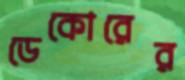
ডেকোরের